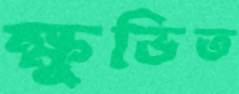
ক্ষুভিত